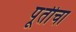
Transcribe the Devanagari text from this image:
पूर्तीचा